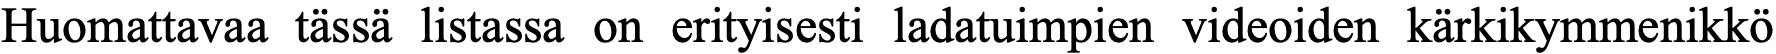
Huomattavaa tässä listassa on erityisesti ladatuimpien videoiden kärkikymmenikkö